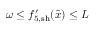
\omega \leq { f } _ { 5 , \mathrm { s h } } ^ { \prime } ( \hat { x } ) \leq L